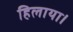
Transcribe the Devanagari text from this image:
हिलाया।